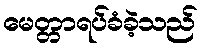
မေတ္တာရပ်ခံခဲ့သည်